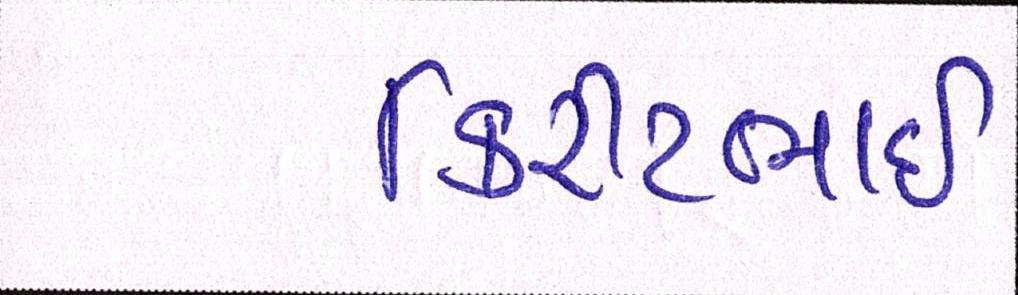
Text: કિરીટભાઈ